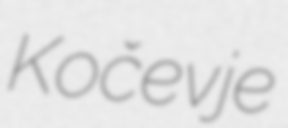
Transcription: Kočevje